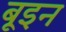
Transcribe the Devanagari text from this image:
बूइन